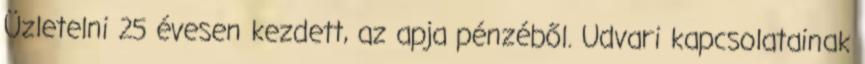
Üzletelni 25 évesen kezdett, az apja pénzéből. Udvari kapcsolatainak